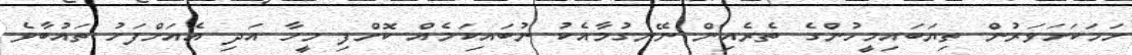
ހަމަކަށަވަރުން ތިޔަބައިމީހުންގެ ތެރެއިން ނޭނގުމާއެކު ނުބައިކަމެއް ކޮށްފި މީހާ އަދި އެއަށްފަހު ތައުބާވެ